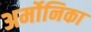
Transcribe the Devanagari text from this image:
अर्मोनिका